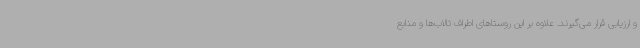
و ارزیابی قرار می‌گیرند. علاوه بر این روستاهای اطراف تالاب‌ها و منابع